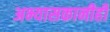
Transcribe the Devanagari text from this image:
अभ्यासकानीही